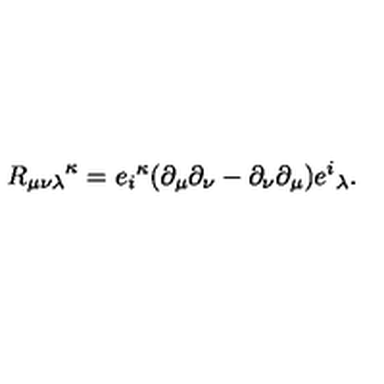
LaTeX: { R _ { \mu \nu \lambda } } ^ { \kappa } = { e _ { i } } ^ { \kappa } ( \partial _ { \mu } \partial _ { \nu } - \partial _ { \nu } \partial _ { \mu } ) { e ^ { i } } _ { \lambda } .